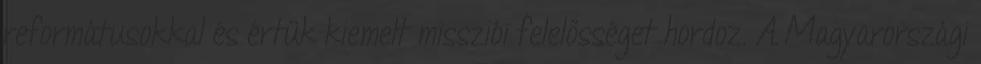
reformátusokkal és értük kiemelt missziói felelősséget hordoz. A Magyarországi